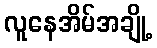
လူနေအိမ်အချို့